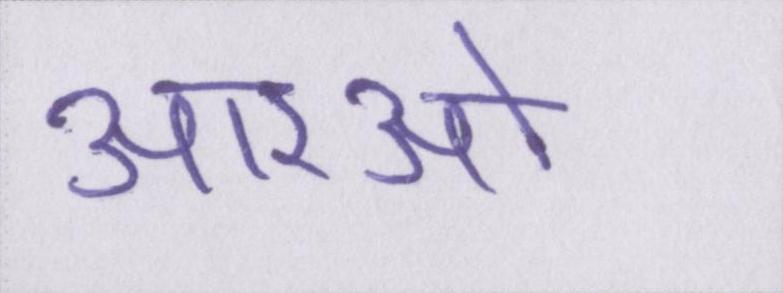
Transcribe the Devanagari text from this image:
आरओ